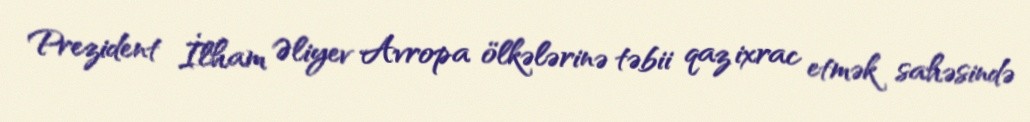
Prezident İlham Əliyev Avropa ölkələrinə təbii qaz ixrac etmək sahəsində